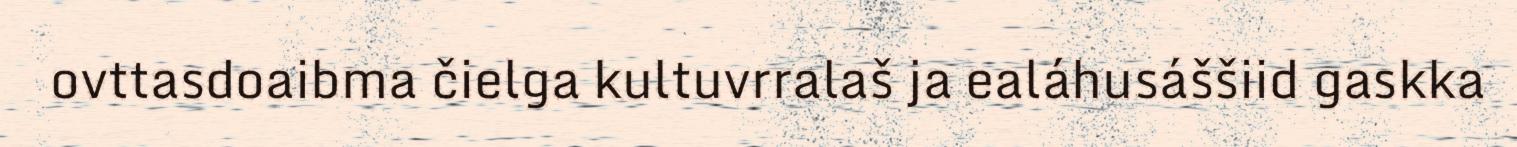
ovttasdoaibma čielga kultuvrralaš ja ealáhusáššiid gaskka